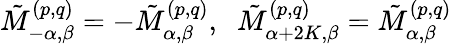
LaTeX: \tilde{M}_{-\alpha,\beta}^{(p,q)}=-\tilde{M}_{\alpha,\beta}^{(p,q)},\; \; \tilde{M}_{\alpha+2K,\beta}^{(p,q)}=\tilde{M}_{\alpha,\beta}^{(p,q)}